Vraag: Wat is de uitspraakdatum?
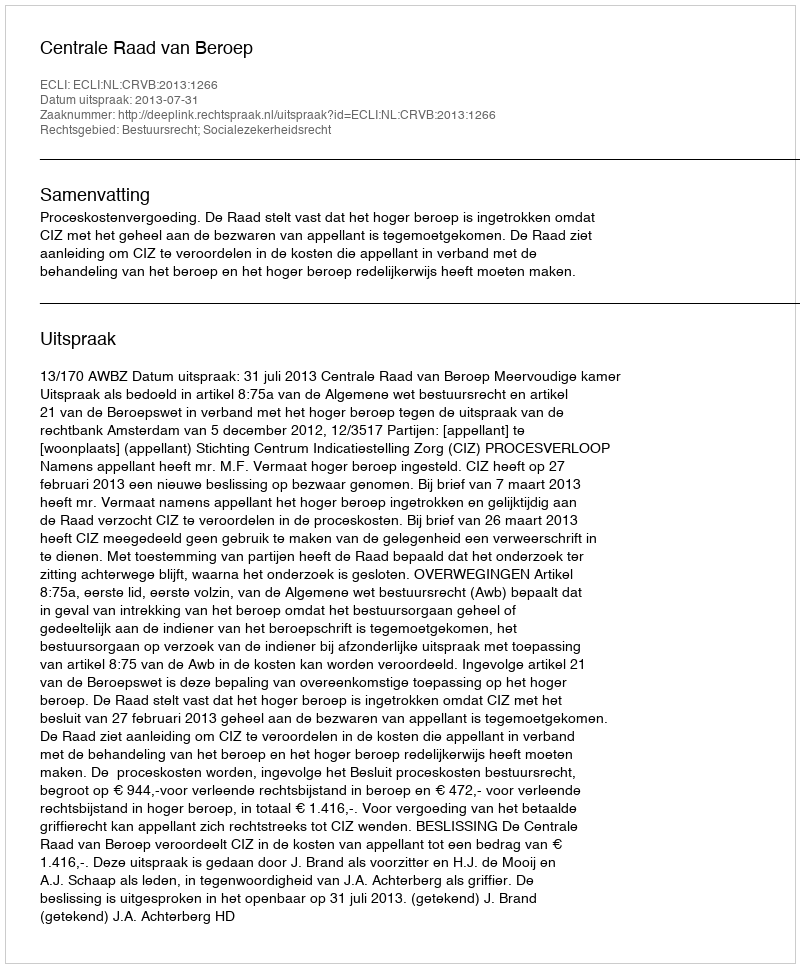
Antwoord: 2013-07-31